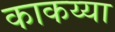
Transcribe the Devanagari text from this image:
काकय्या